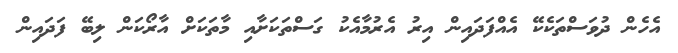
އެހެން ދުވަސްތަކެކޭ އެއްފަދައިން އިރު އެރުމާއެކު ގަސްތަކަށާއި މާތަކަށް އާރޯކަން ލިބޭ ފަދައިން